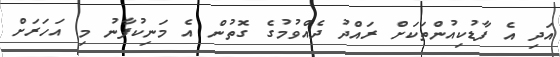
އަދި އެ ފާޑުކިއުންތަކަށް ރައްދު ދެއްވުމުގެ ގޮތުން އެ މަނިކުފާނު މި އަހަރަށް